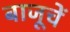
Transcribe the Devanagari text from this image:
बाजूचें